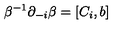
\beta ^ { - 1 } \partial _ { - i } \beta = [ C _ { i } , b ]